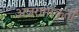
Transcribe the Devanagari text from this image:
अजरामरकृती